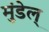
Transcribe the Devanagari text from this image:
मुंडेल्